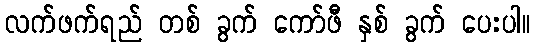
လက်ဖက်ရည် တစ် ခွက် ကော်ဖီ နှစ် ခွက် ပေးပါ။